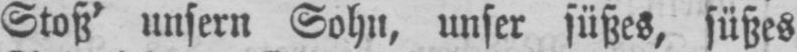
Stoß’ unsern Sohn, unser süßes, süßes